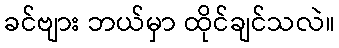
ခင်ဗျား ဘယ်မှာ ထိုင်ချင်သလဲ။